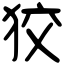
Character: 狡